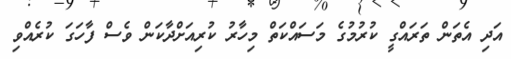
އަދި އެތަން ތަރައްގީ ކުރުމުގެ މަސައްކަތް މިހާރު ކުރިއަށްދާކަން ވެސް ފާހަގަ ކުރެއްވި